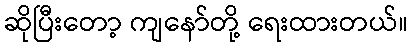
ဆိုပြီးတော့ ကျနော်တို့ ရေးထားတယ်။